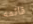
قائمه